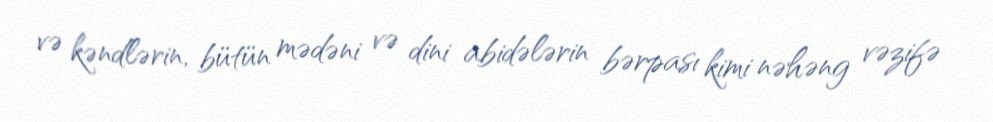
və kəndlərin, bütün mədəni və dini abidələrin bərpası kimi nəhəng vəzifə